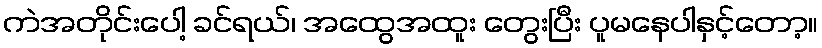
ကဲအတိုင်းပေါ့ ခင်ရယ်၊ အထွေအထူး တွေးပြီး ပူမနေပါနှင့်တော့။